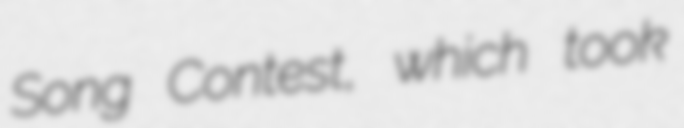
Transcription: Song Contest, which took